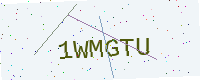
Text: 1WMGTU